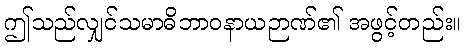
ဤသည်လျှင်သမာဓိဘာဝနာယဉာဏ်၏ အဖွင့်တည်း။